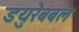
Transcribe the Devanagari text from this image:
डयुरेबबल